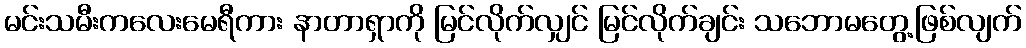
မင်းသမီးကလေးမေရီကား နာတာရှာကို မြင်လိုက်လျှင် မြင်လိုက်ချင်း သဘောမတွေ့ဖြစ်လျက်